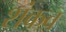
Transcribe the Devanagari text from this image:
शंकव